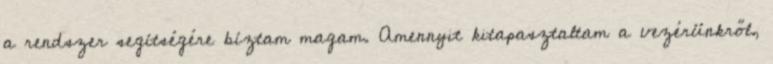
a rendszer segítségére bíztam magam. Amennyit kitapasztaltam a vezérünkről,